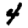
Digit: 4